Report on vaccination in Madras 1895-1903 - 1895-1903
Year: 1895
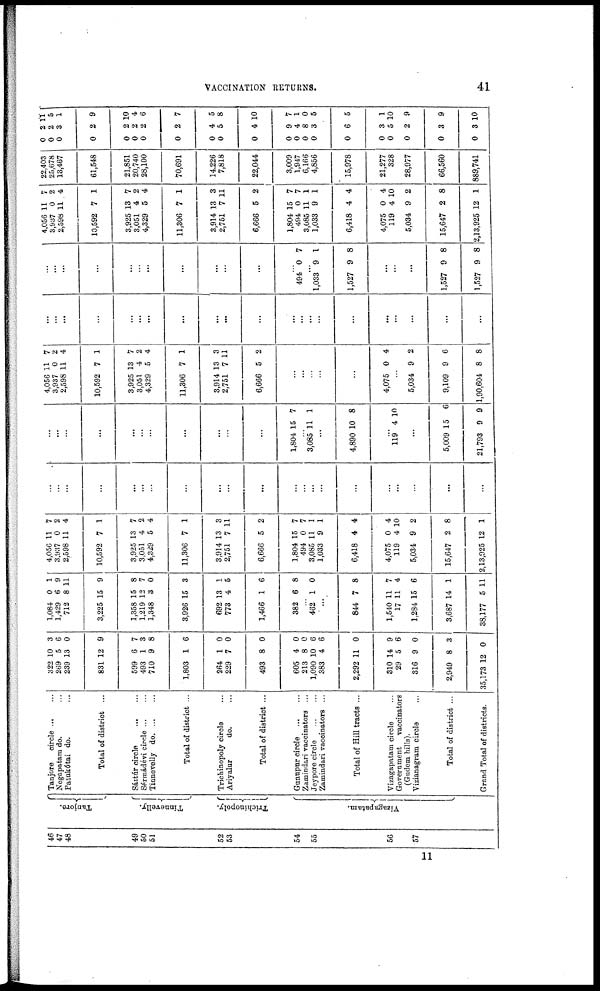
VACCINATION RETURNS.
41
46
47
48
49
50
51
52
53
54
55
56
57
Tanjore.
Tinnevelly.
Trichinopoly.
Vizagapatam.
Tanjore
circle ... ...
Negapatam do. ...
Patukótai do. ...
Total of district ...
Sáttúr circle
... ...
Sérmádévi circle ... ...
Tinnevelly d
o
. ... ...
Total of district ...
Trichinopoly circle ...
Ariyalur
do. ...
Total of district ...
Gunupur circle
...
...
Zamindari vaccinators ...
Jeypore circle
...
...
Zamindari vaccinators ...
Total of Hill tracts ...
Vizagapatam circle ...
Government
vaccinators
(Gudem hills).
Vizianagram circle ...
Total of district ...
Grand Total of districts.
322
269
239
831
599
493
710
1,803
264
229
493
605
213
1,090
383
2,292
310
29
316
2,949
35,173
10
5
13
12
6
1
9
1
1
7
8
4
8
10
4
11
14
5
9
8
12
3
6
0
9
7
3
8
6
0
0
0
0
0
6
6
0
9
6
0
3
0
1,084
1,429
712
3,225
1,358
1,219
1,348
3,926
692
773
1,466
382
0
6
8
15
15
12
3
15
13
4
1
6
1
9
11
9
8
7
0
3
1
5
6
8
...
482 1 0
...
844
1,540
17
1,284
3,687
38,177
7
11
11
15
14
5
8
7
4
6
1
11
4,056
3,937
2,598
10,592
3,925
3,051
4,329
11,306
3,914
2,751
6,666
1,804
494
3,085
1,033
6,418
4,075
119
5,034
15,647
2,13,925
11
0
11
7
13
4
5
7
13
7
5
15
0
11
9
4
0
4
9
2
12
7
2
4
1
7
2
4
1
3
11
2
7
7
1
1
4
4
10
2
8
1
...
...
...
...
...
...
...
...
...
...
...
...
...
...
...
...
...
...
...
...
...
...
...
...
...
...
...
...
...
...
...
...
1,804 15 7
...
3,085 11 1
...
4,890 10 8
...
119 4 10
...
5,009
21,793
15
9
6
9
4,056
3,937
2,598
10,592
3,925
3,051
4,329
11,306
3,914
2,751
6,666
11
0
11
7
13
4
5
7
13
7
5
7
2
4
1
7
2
4
1
3
11
2
...
...
...
...
...
4,075 0 4
...
5,034
9,109
1,90,604
9
9
8
2
6
8
...
...
...
...
...
...
...
...
...
...
...
...
...
...
...
...
...
...
...
...
...
...
...
...
...
...
...
...
...
...
...
...
...
494 0 7
...
1,033
1,527
9
9
1
8
...
...
...
1,527
1,527
9
9
8
8
4,056
3,937
2,598
10,592
3,925
3,051
4,329
11,306
3,914
2,751
6,666
1,804
494
3,085
1,033
6,418
4,075
119
5,034
15,647
2,13,925
11
0
11
7
13
4
5
7
13
7
5
15
0
11
9
4
0
4
9
2
12
7
2
4
1
7
2
4
1
3
11
2
7
7
1
1
4
4
10
2
8
1
22,403
25,678
13,467
61,548
21,851
20,740
28,100
70,691
14,226
7,818
22,044
3,009
1,947
6,166
4,856
15,978
21,277
328
28,977
66,560
889,741
0
0
0
0
0
0
0
0
0
0
0
0
0
0
0
0
0
0
0
0
0
2
2
3
2
2
2
2
2
4
5
4
9
4
8
3
6
3
5
2
3
3
11
5
1
9
10
4
6
7
5
8
10
7
1
0
5
5
1
10
9
9
10
11